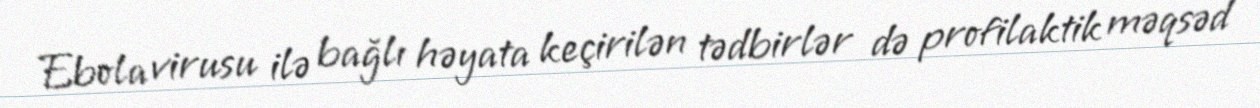
Ebola virusu ilə bağlı həyata keçirilən tədbirlər də profilaktik məqsəd